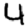
Digit: 4